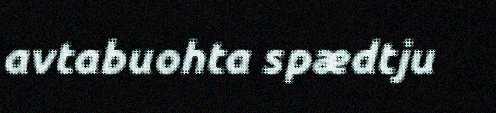
avtabuohta spædtju